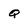
Character: q